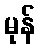
မုန်